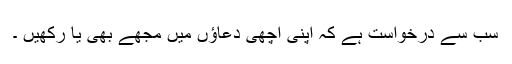
سب سے درخواست ہے کہ اپنی اچھی دعاؤں میں مجھے بھی یا رکھیں ۔